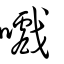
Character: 嚱